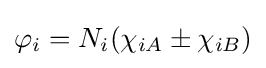
\varphi _{i}=N_{i}(\chi _{iA}\pm \chi _{iB})